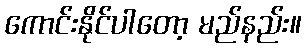
ကောင်းနိုင်ပါတော့ မည်နည်း။